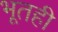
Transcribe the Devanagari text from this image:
भूतही